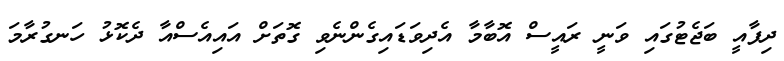
ދިފާއީ ބަޖެޓުގައި ވަނީ ރައީސް އޮބާމާ އެދިވަޑައިގެންނެވި ގޮތަށް އައިއެސްއާ ދެކޮޅު ހަނގުރާމަ